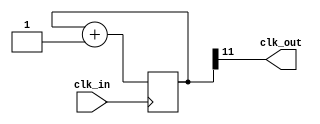
module clk_div(
    input clk_in,

    output clk_out
);

reg [11:0]cnt = 0;

assign clk_out = cnt[11];

always @(posedge clk_in) begin
    cnt <= cnt + 12'b1;
end

endmodule